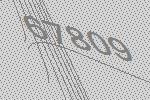
67809